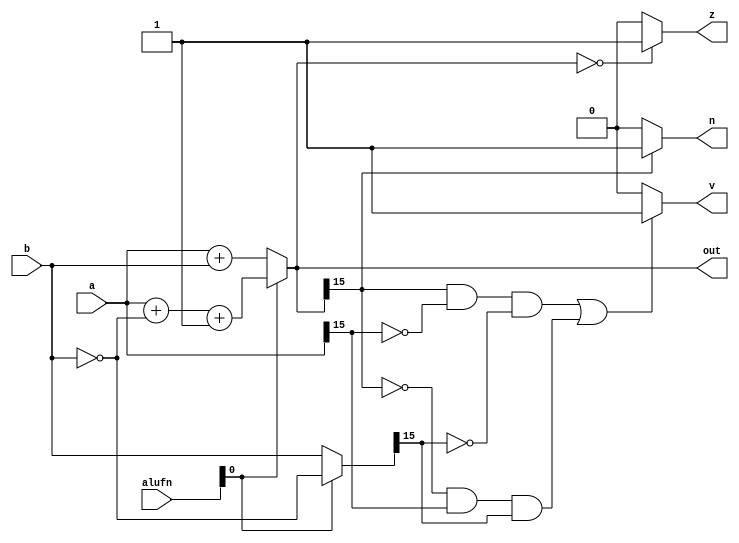
/*
   This file was generated automatically by the Mojo IDE version B1.3.6.
   Do not edit this file directly. Instead edit the original Lucid source.
   This is a temporary file and any changes made to it will be destroyed.
*/

module adder_9 (
    input [15:0] a,
    input [15:0] b,
    output reg [15:0] out,
    output reg z,
    output reg v,
    output reg n,
    input [6:0] alufn
  );
  
  
  
  reg [15:0] msbout;
  
  reg [15:0] xb;
  
  always @* begin
    if (alufn[0+0-:1] == 1'h0) begin
      xb = $signed(b);
      msbout = $signed(a) + $signed(xb);
    end else begin
      xb = ~b;
      msbout = $signed(a) + $signed(xb) + 1'h1;
    end
    if (msbout == 1'h0) begin
      z = 1'h1;
    end else begin
      z = 1'h0;
    end
    if (msbout[15+0-:1] == 1'h1) begin
      n = 1'h1;
    end else begin
      n = 1'h0;
    end
    if ((msbout[15+0-:1] == 1'h1 && a[15+0-:1] == 1'h0 && xb[15+0-:1] == 1'h0) || (msbout[15+0-:1] == 1'h0 && a[15+0-:1] == 1'h1 && xb[15+0-:1] == 1'h1)) begin
      v = 1'h1;
    end else begin
      v = 1'h0;
    end
    out = msbout[0+15-:16];
  end
endmodule